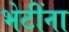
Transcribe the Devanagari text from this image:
भेटींना